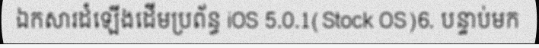
ឯកសារដំឡើងដើមប្រព័ន្ធ iOS 5.0.1(Stock OS)6. បន្ទាប់មក